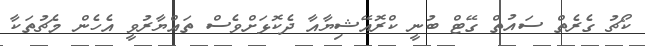
ކޯޗު ގެރެތް ސައުތް ގޭޓް ބުނީ ކްރޮއޭޝިޔާއާ ދެކޮޅަށްވެސް ތައްޔާރުވީ އެހެން މެޗުތަކާ